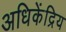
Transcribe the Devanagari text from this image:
अधिकेंद्रिय